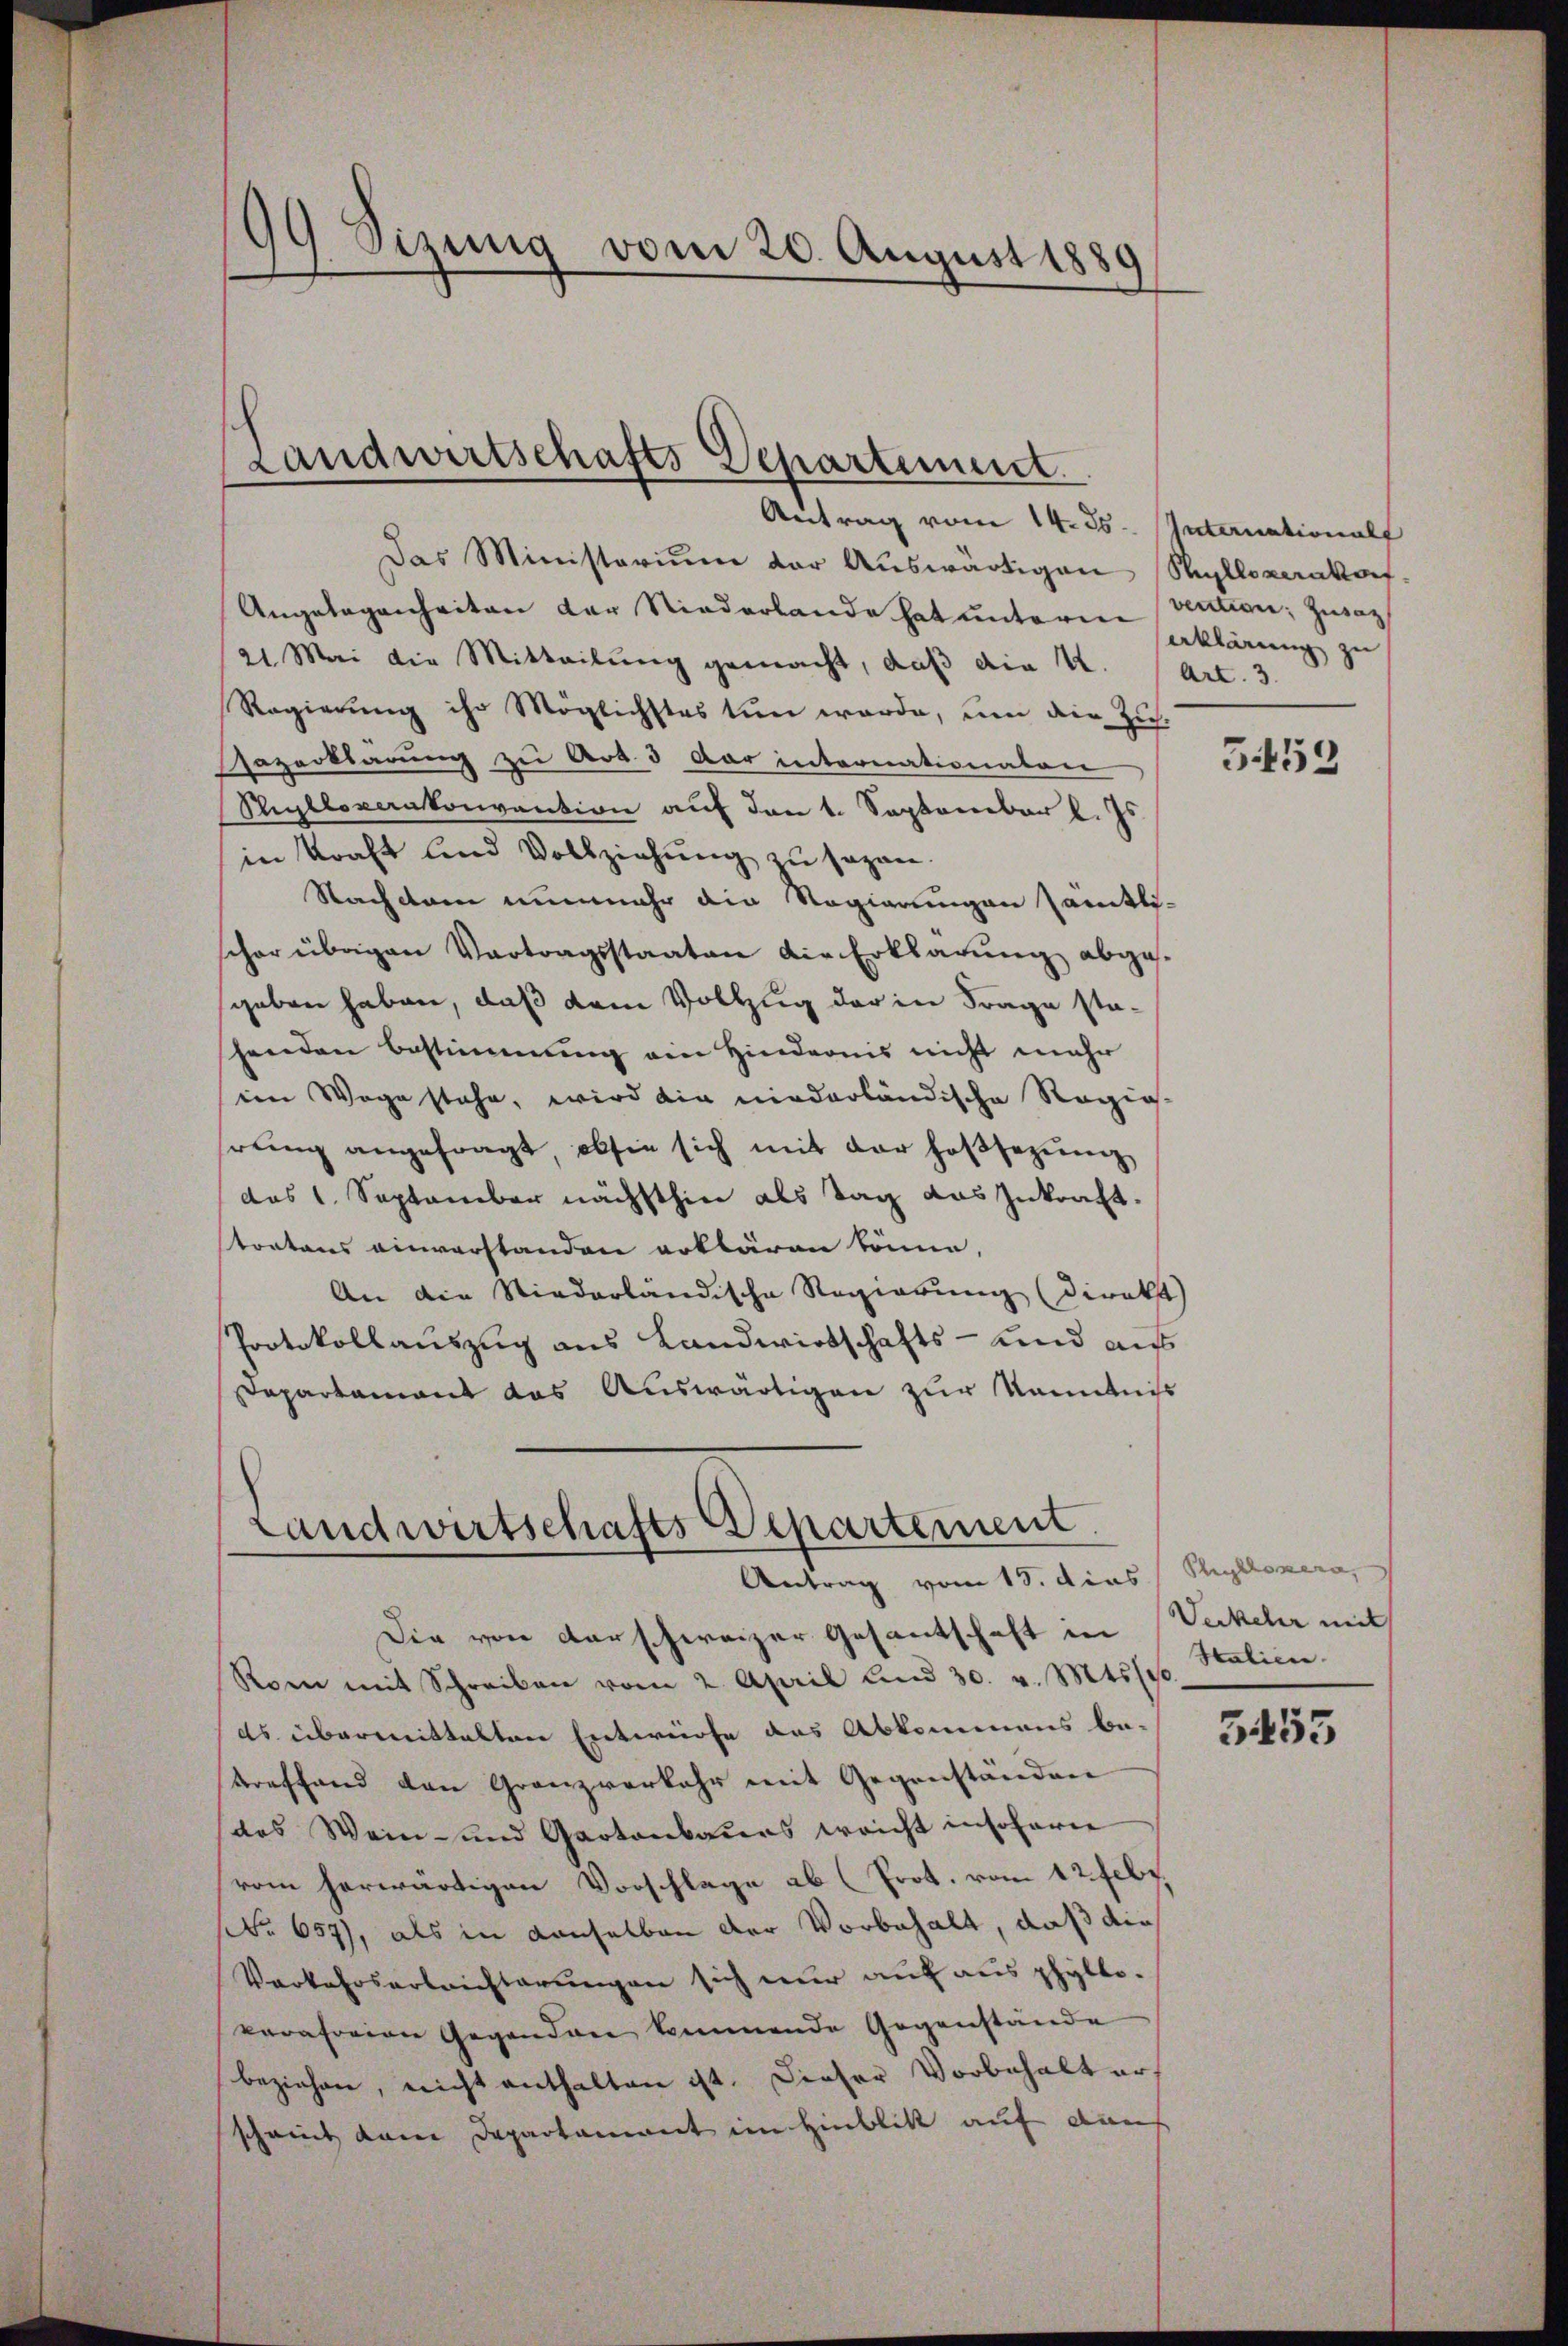
19 Sizung vom 20. August 1889

Landwirtschafts Departement.

Antrag vom 14. ds. Internationalf
Das Ministerium der Auswärtigen Styllozerakor¬
Angelegenheiten der Niederlande hat unterm vention; Zusa
21. Mai die Mitteilung gemacht, daß die 4.
Regierung ihr Möglichstes tun werde, um die Zus¬
Gezerkbarŭng zu Art. 3 der internationaten
Sigllosenkonvention auf den 1. Septenbar l. Js.
in Kraft und Vollziehung zu sagen.
Nachdem nunmehr die Regierungen sämtlicher übrigen Vertragsstaaten die Erklärŭng abge-
geben haben, daß dem Vollzug der in Frage stashenden Bestimmung ein Hindernis nicht mehr
im Wege stehe, wird die niederländische Regiehrŭng angefragt, ob sie sich mit der Hofsezung
das 1. September nächsthin als Tag das Inkraft.
toatons einverstanden erklären könne,
An die Niederländische Regierung (direkt
Protokollauszug aus Landwirtschafts- und auf
Departament das Auswärtigen zur Kenntniß
Landwirtschafts Departement
Antrag vom 15. dies
Die von darschweizer Gesantschaft in Verkehr mit
Rome mit Schreiben vom 2. April und 30. v. Mts. sch
ds. übermittelten Entwurfe des Abkommens be-
treffend den Granzverkehr mit Gegenständen
(das Wein- und Gartenbaues weicht insoferne
vom herwärtigen Vorschlage ab (Prot. vom 12. Febr.
(Nr. 657), als in denselben der Vorbehalt, daß die
Verkehrserleichterungen sich nur auf aus phylto-
vorafreien Gegenden kommende Gegenstände
beziehen, nicht enthalten ist. Dieser Vorbehalt ers
scheint dem Departament im Hinblick auf dan

erklärung zu
Art. 3.

359

Phyklopera
Salien.

3453